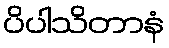
ပိပါသိတာနံ